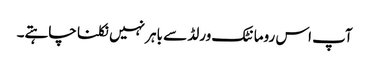
آپ اس رومانٹک ورلڈ سے باہر نہیں نکلنا چاہتے۔